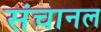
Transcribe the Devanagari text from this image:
संचानल